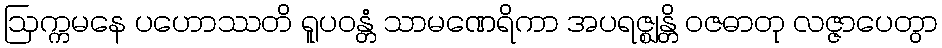
ဩက္ကမနေ ပဟောဿတိ ရူပဝန္တံ သာမဏေရိကာ အပရဇ္ဈန္တိ ဝဇဓာတု လဇ္ဇာပေတွာ